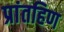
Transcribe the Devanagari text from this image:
प्रांतहिण